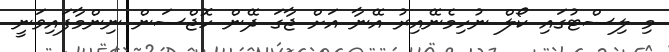
މި ލިސްޓުގައި ކޯލް ނުހިމެނޭއިރު އޭނާ އަށް ޖާގަ ދޭން ހޮޖްސަން ނިންމާފައިވަނީ